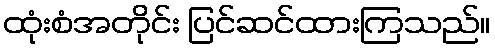
ထုံးစံအတိုင်း ပြင်ဆင်ထားကြသည်။